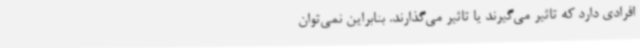
افرادی دارد که تاثیر می‌گیرند یا تاثیر می‌گذارند. بنابراین نمی‌توان